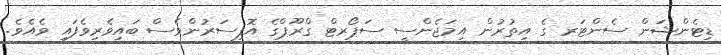
ޑިޓެންޝަން ސެންޓަރ ގެ އިތުރުން އިމަޖެންސީ ސަޕޯރޓް ގްރޫޕްގެ އޮފިސަރުންވެސް ބައިވެރިވެފައި ވެއެވެ.